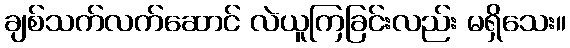
ချစ်သက်လက်ဆောင် လဲယူကြခြင်းလည်း မရှိသေး။